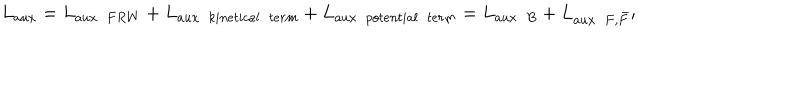
L _ { a u x } = L _ { a u x ~ ~ F R W } + L _ { a u x ~ ~ k i n e t i c a l ~ ~ t e r m } + L _ { a u x ~ ~ p o t e n t i a l ~ ~ t e r m } = L _ { a u x ~ ~ B } + L _ { a u x ~ ~ F , \bar { F } } ;